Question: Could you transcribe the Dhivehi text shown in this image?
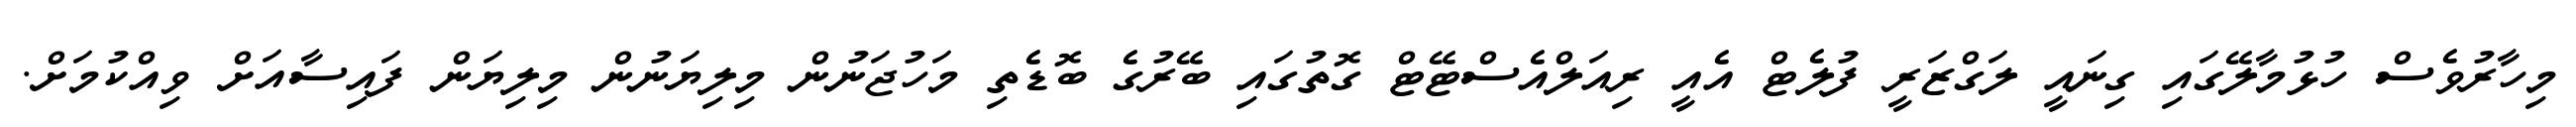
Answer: މިހާރުވެސް ހުޅުމާލޭގައި ގިނައީ ލަގްޒަރީ ފުލެޓް އެއީ ރިއަލްއެސްޓޭޓް ގޮތުގައި ބޭރުގެ ބޮޑެތި މަހުޖަނުން މިލިޔަނުން މިލިޔަން ފައިސާއަށް ވިއްކުމަށް.